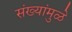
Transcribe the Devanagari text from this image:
संख्यांमुळे